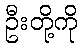
ဦးတို့ကို